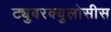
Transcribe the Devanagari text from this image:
ट्युबरक्युलोसीस